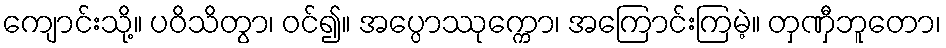
ကျောင်းသို့။ ပဝိသိတွာ၊ ဝင်၍။ အပ္ပောဿုက္ကော၊ အကြောင်းကြမဲ့။ တှဏှီဘူတော၊